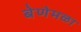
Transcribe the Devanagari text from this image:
बेणेमळा